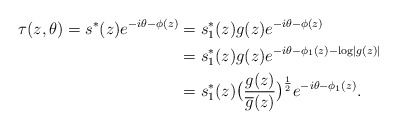
\begin{align*} \tau(z, \theta)=s^*(z)e^{-i\theta-\phi(z)}&=s^*_1(z)g(z)e^{-i\theta-\phi(z)} \\&=s^*_1(z)g(z)e^{-i\theta-\phi_1(z)-\log\left\vert g(z)\right\vert} \\&=s^*_1(z)\bigr(\frac{g(z)}{\overline g(z)}\bigr)^{\frac{1}{2}}e^{-i\theta-\phi_1(z)}.\end{align*}